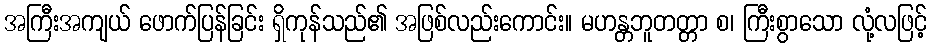
အကြီးအကျယ် ဖောက်ပြန်ခြင်း ရှိကုန်သည်၏ အဖြစ်လည်းကောင်း။ မဟန္တဘူတတ္တာ စ၊ ကြီးစွာသော လုံ့လဖြင့်